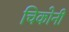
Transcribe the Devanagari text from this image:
चिकोनी